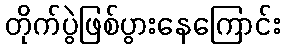
တိုက်ပွဲဖြစ်ပွားနေကြောင်း